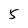
Character: 5